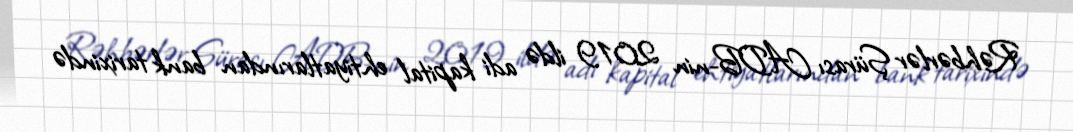
Rəhbərlər Şürası ADB-nin 2019 ildə adi kapital ehtiyatlarından bank tarixində